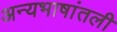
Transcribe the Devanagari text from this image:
अन्यभाषांतली